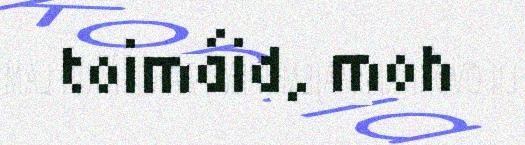
toimáid, moh